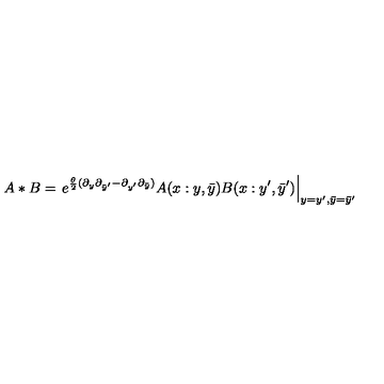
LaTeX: A * B = \left. e ^ { \frac { \theta } { 2 } ( \partial _ { y } \partial _ { \bar { y } ^ { \prime } } - \partial _ { y ^ { \prime } } \partial _ { \bar { y } } ) } A ( x : y , \bar { y } ) B ( x : y ^ { \prime } , \bar { y } ^ { \prime } ) \right| _ { y = y ^ { \prime } , \bar { y } = \bar { y } ^ { \prime } }